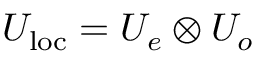
U _ { \mathrm { l o c } } = U _ { e } \otimes U _ { o }